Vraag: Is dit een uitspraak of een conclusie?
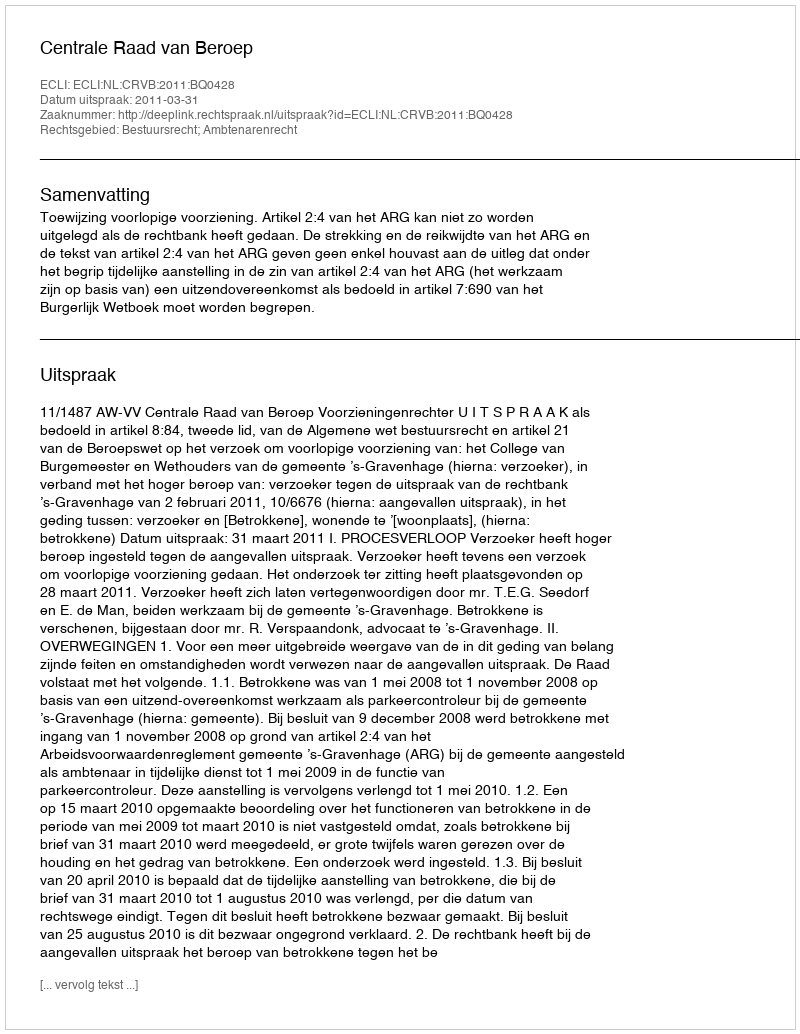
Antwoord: Uitspraak